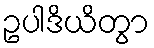
ဥပါဒိယိတွာ